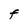
Character: F